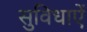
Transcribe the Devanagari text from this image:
सुविधाएें